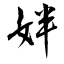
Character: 姅